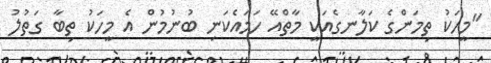
"މީހަކު ތިމަންގެ ކަލާނގެއަކީ މާތްއޭ ހަމައެކަނި ބުނުމުން އެ މީހަކު ތިބާ ގަތުލު